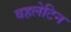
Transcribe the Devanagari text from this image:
वहलेटिन